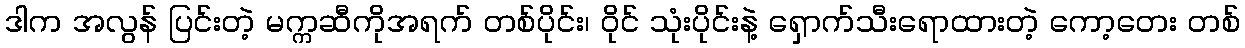
ဒါက အလွန် ပြင်းတဲ့ မက္ကဆီကိုအရက် တစ်ပိုင်း၊ ဝိုင် သုံးပိုင်းနဲ့ ရှောက်သီးရောထားတဲ့ ကော့တေး တစ်